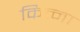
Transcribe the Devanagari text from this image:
कित्ना